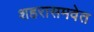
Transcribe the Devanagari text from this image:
शहरासमवेत